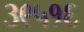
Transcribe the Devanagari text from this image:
३९५१६